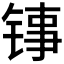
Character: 𬭑